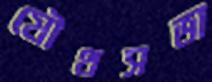
যৌথসভা